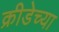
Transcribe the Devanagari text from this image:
क्रीडेच्या